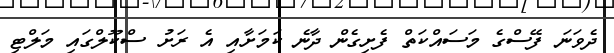
ދެވަނަ ފޭސްގެ މަސައްކަތް ފެށިގެން ދާނެ ކަމަށާއި އެ ރަށު ސްކޫލްގައި މަލްޓި